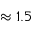
\approx 1 . 5